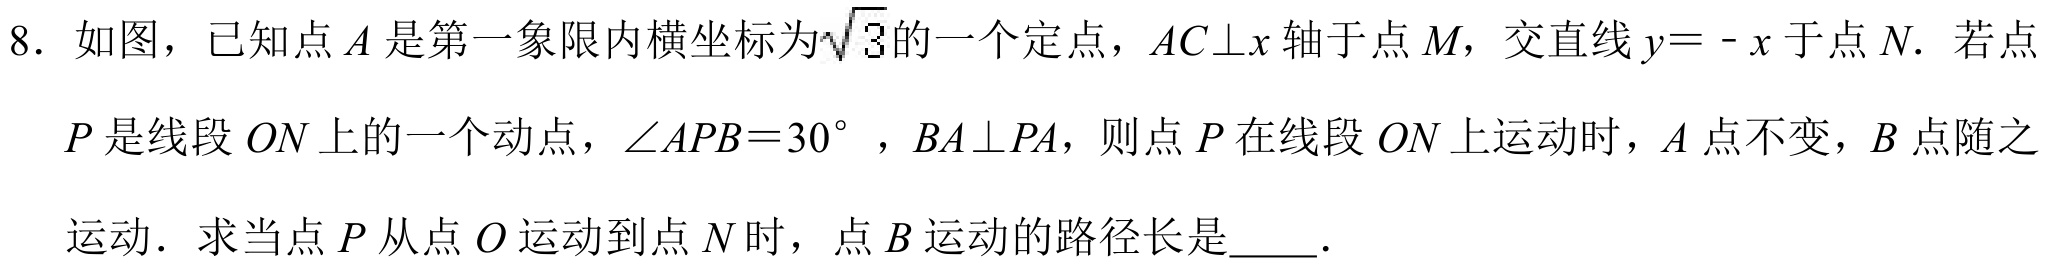
8. 如图，已知点\(A\)是第一象限内横坐标为\(\sqrt{3}\)的一个定点，\(AC\perp x\)轴于点\(M\)，交直线\(y = - x\)于点\(N\). 若点
\(P\)是线段\(ON\)上的一个动点，\(\angle APB = 30^{\circ}\)，\(BA\perp PA\)，则点\(P\)在线段\(ON\)上运动时，\(A\)点不变，\(B\)点随之
运动. 求当点\(P\)从点\(O\)运动到点\(N\)时，点\(B\)运动的路径长是  .